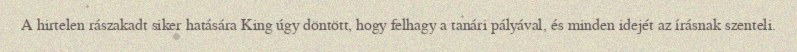
A hirtelen rászakadt siker hatására King úgy döntött, hogy felhagy a tanári pályával, és minden idejét az írásnak szenteli.